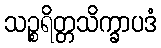
သဉ္စရိတ္တသိက္ခာပဒံ